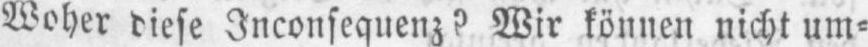
Woher diese Inconsequenz? Wir können nicht um⸗